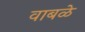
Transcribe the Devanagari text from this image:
वाबळे